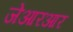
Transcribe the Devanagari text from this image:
जेआरआर